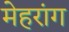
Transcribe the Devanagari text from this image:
मेहरांग